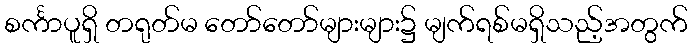
စင်္ကာပူရှိ တရုတ်မ တော်တော်များများ၌ မျက်ရစ်မရှိသည့်အတွက်